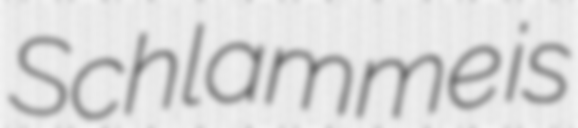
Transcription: Schlamme is